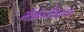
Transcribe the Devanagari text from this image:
मॅग्नॅन्टीयसच्या